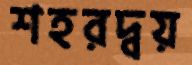
শহরদ্বয়